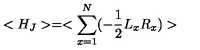
< H _ { J } > = < \sum _ { x = 1 } ^ { N } ( - \frac { 1 } { 2 } L _ { x } R _ { x } ) >